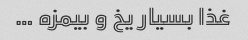
غذا بسیار یخ و بیمزه …